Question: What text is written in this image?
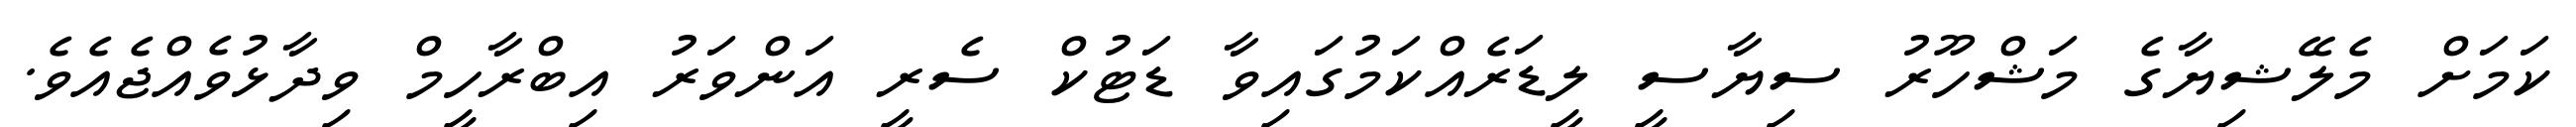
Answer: ކަމަށް މެލޭޝިޔާގެ މަޝްހޫރު ސިޔާސީ ލީޑަރެއްކަމުގައިވާ ޑަޓުކް ސެރީ އަންވަރު އިބްރާހީމް ވިދާޅުވެއްޖެއެވެ.